Civil Veterinary Department. Madras. Admin. report 1926-33 - 1926-1933
Year: 1926
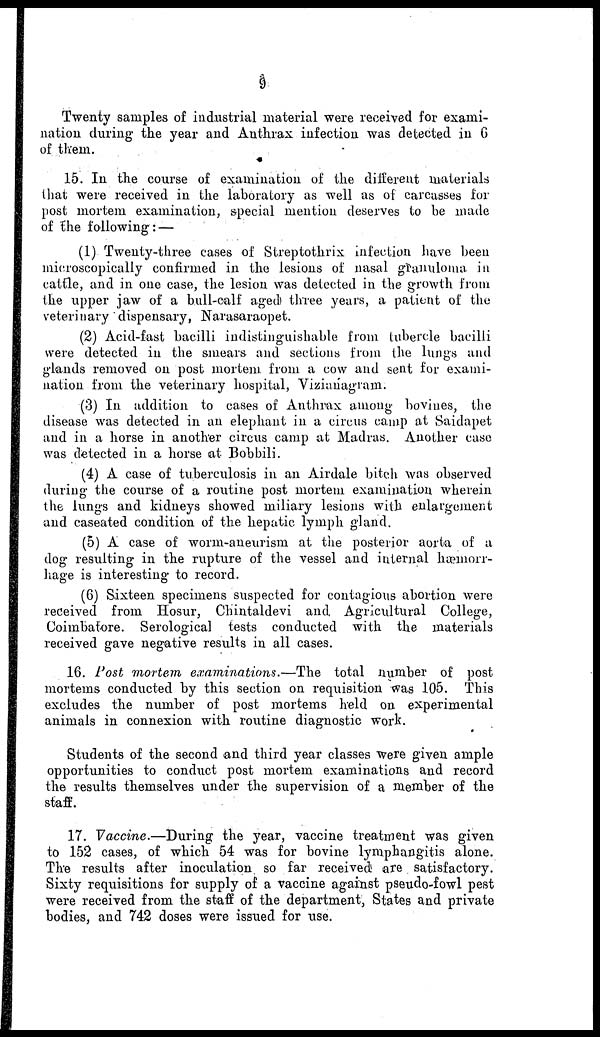
9
Twenty samples of industrial material were received for exami-
nation during the year and Anthrax infection was detected in 6
of them.
15. In the course of examination of the different materials
that were received in the laboratory as well as of carcasses for
post mortem examination, special mention deserves to be made
of the following : —
(1) Twenty-three cases of Streptothrix infection have been
microscopically confirmed in the lesions of nasal granuloma in
cattle, and in one case, the lesion was detected in the growth from
the upper jaw of a bull-calf aged) three years, a patient of the
veterinary dispensary, Narasaraopet.
(2) Acid-fast bacilli indistinguishable from tubercle bacilli
were detected in the smears and sections front the lungs and
glands removed on post mortem from a cow and sent for exami-
nation from the veterinary hospital, Vizianagram.
(3) In addition to cases of Anthrax among bovines, the
disease was detected in an elephant in a circus camp at Saidapet
and in a horse in another circus camp at Madras. Another case
was detected in a horse at Bobbili.
(4) A case of tuberculosis in an Airdale bitch was observed
during the course of a routine post mortem examination wherein
the lungs and kidneys showed miliary lesions with enlargement
and caseated condition of the hepatic lymph gland.
(5) A case of worm-aneurism at the posterior aorta of a
dog resulting in the rupture of the vessel and internal hæmorr-
hage is interesting to record.
(6) Sixteen specimens suspected for contagious abortion were
received from Hosur, Chintaldevi and Agricultural College,
Coimbafore. Serological tests conducted with the materials
received gave negative results in all cases.
16. Post mortem examinations.—The
total number of post
mortems conducted by this section on requisition was 105. This
excludes the number of post mortems held on experimental
animals in connexion with routine diagnostic work.
Students of the second and third year classes were given ample
opportunities to conduct post mortem examinations and record
the results themselves under the supervision of a member of the
staff.
17. Vaccine.—During
the year, vaccine treatment was given
to 152 cases, of which 54 was for bovine lymphangitis alone.
The results after inoculation so far received are satisfactory.
Sixty requisitions for supply of a vaccine against pseudo-fowl pest
were received from the staff of the department, States and private
bodies, and 742 doses were issued for use.